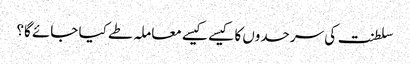
سلطنت کی سرحدوں کا کیسے کیسے معاملہ طے کیا جائے گا؟